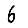
Digit: 6